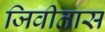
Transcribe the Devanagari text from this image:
जिवीतास